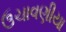
ઉચાવણીયા